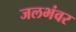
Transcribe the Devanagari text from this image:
जलभंवर